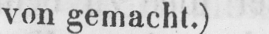
von gemacht.)